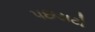
પછડાટો